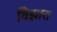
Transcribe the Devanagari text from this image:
विझारा